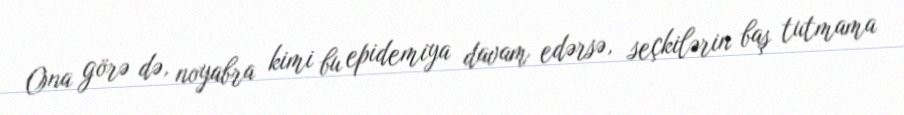
Ona görə də, noyabra kimi bu epidemiya davam edərsə, seçkilərin baş tutmama